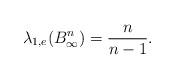
LaTeX: \begin{align*}\lambda_{1,e}(B_\infty^n) = \frac{n}{n-1} .\end{align*}